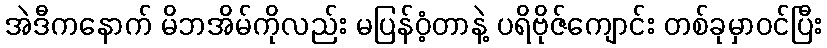
အဲဒီကနောက် မိဘအိမ်ကိုလည်း မပြန်ဝံ့တာနဲ့ ပရိဗိုဇ်ကျောင်း တစ်ခုမှာဝင်ပြီး